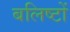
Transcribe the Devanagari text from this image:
बलिष्टों